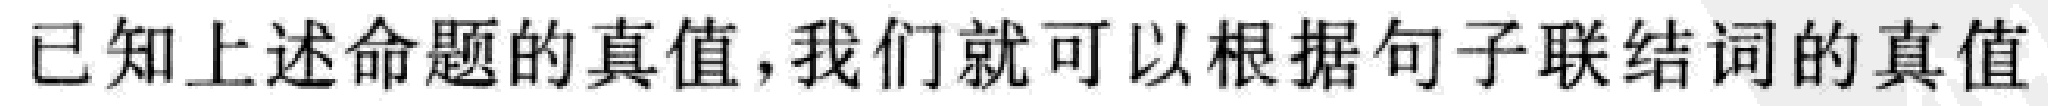
已知上述命题的真值,我们就可以根据句子联结词的真值